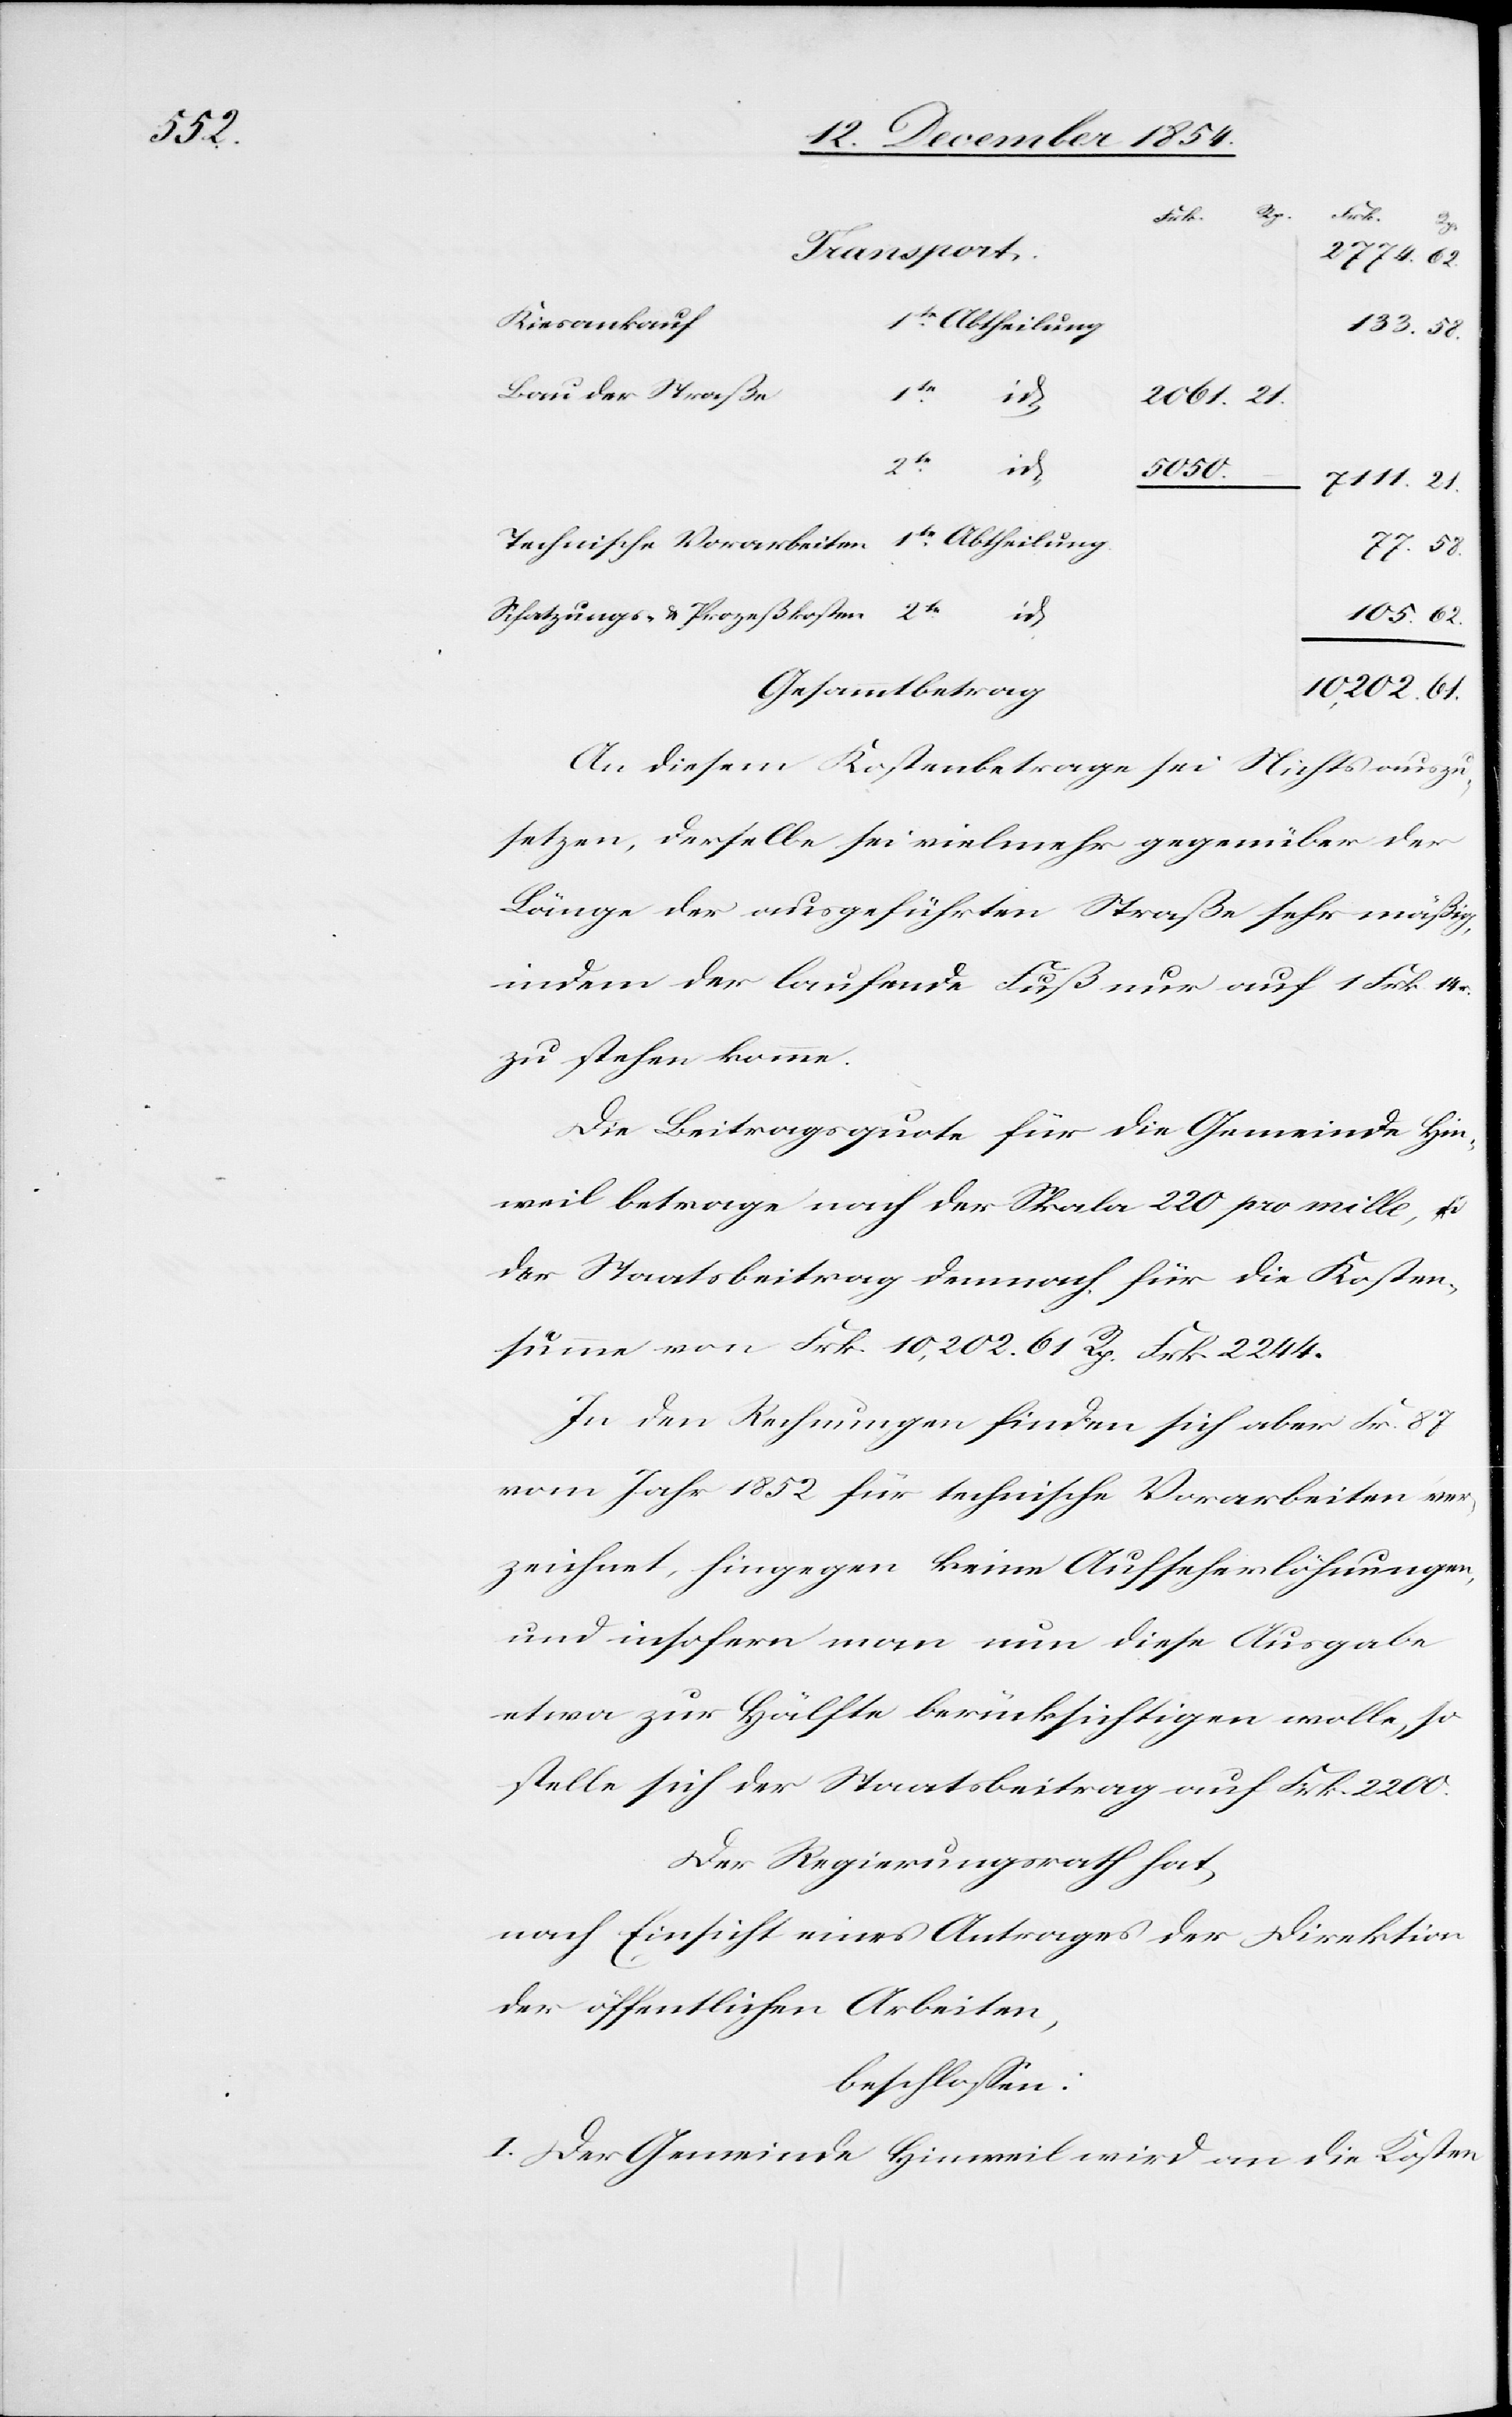
2te

62.
Transport
2774.
Kiesankauf
Abtheilung
133. 58.
Bau der Straße
2061. 21.
1te
7111. 21.
77. 58.
Schatzungs- & Prozeßkosten
105. 62.
10,202. 61.
Gesammtbetrag
An diesem Kostenbetrage sei Nichts auszu¬
setzen, derselbe sei vielmehr gegenüber der
Länge der ausgeführten Straße sehr mäßig,
indem der laufende Fuß nur auf 1 Frk. 14.
zu stehen komme.
Die Beitragsquote für die Gemeinde Hin¬
weil betrage nach der Skala 220 pro mille u.
der Staatsbeitrag demnach für die Kosten¬
summe von Frk. 10,202. 61 Rp. Frk. 2244.
In den Rechnungen finden sich aber Fr. 87
vom Jahr 1852 für technische Vorarbeiten ver¬
zeichnet, hingegen keine Aufseherlöhnungen,
und insofern man nun diese Ausgaben
etwa zu Hälfte berücksichtigen wolle, so
stelle sich der Staatsbeitrag auf Frk. 2200.
Der Regierungsrath hat
nach Einsicht eines Antrages der Direktion
der öffentlichen Arbeiten,
beschloßen:
I. Der Gemeinde Hinweil wird an die Kosten